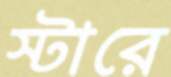
স্টারে